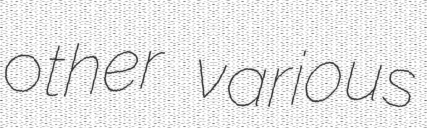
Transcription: other various